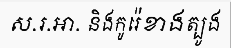
ស.រ.អា. និងកូរ៉េខាងត្បូង